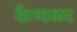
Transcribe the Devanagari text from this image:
कैप्पलर